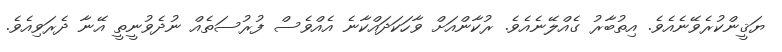
ޔަޤީންކުރެވޭނެއެވެ. އިތުބާރު ގެއްލޭނެއެވެ. ރުކާންއަށް ވާހަކަދައްކާނެ އެއްވެސް ފުރުސަތެއް ނުދެވުނީތީ އޭނާ ދެރަވިއެވެ.